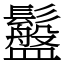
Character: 䰔